Problem: 3 × 7 = ?
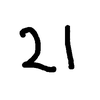
Handwritten answer: 21